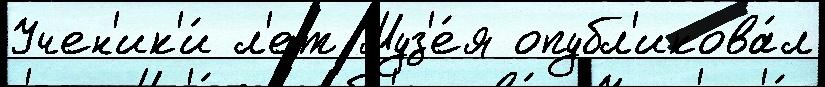
Учен'ик'и́ л'ет Муз'е́я опубл'икова́л